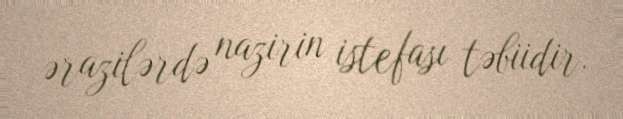
ərazilərdə nazirin istefası təbiidir.